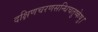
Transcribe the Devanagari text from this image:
दक्षिणचरणसन्धिचतुष्केषु।